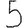
Digit: 5